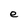
Character: e